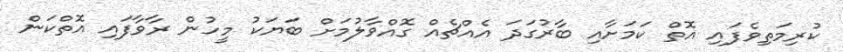
ކުރިމަތިވެފައި އޮތް ކަމަށާއި ބާރުގަދަ އެއްޗެއް ގޮއްވާލުމަށް ބަޔަކު މީހުން ރާވާފައި އޮތްކަން